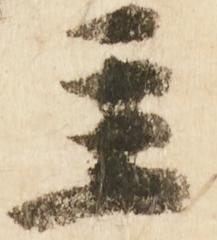
主